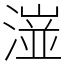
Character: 潂